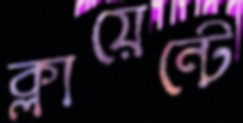
ক্লায়েন্টে